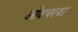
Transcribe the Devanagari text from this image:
ओवचरका